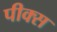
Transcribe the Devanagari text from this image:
पीक्स